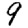
Digit: 9